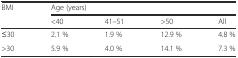
<table><thead><tr><td><b>BMI</b></td><td colspan="4"><b>Age (years)</b></td></tr><tr><td></td><td><b>&lt;40</b></td><td><b>41–51</b></td><td><b>&gt;50</b></td><td><b>All</b></td></tr></thead><tbody><tr><td>≤30</td><td>2.1 %</td><td>1.9 %</td><td>12.9 %</td><td>4.8 %</td></tr><tr><td>&gt;30</td><td>5.9 %</td><td>4.0 %</td><td>14.1 %</td><td>7.3 %</td></tr></tbody></table>